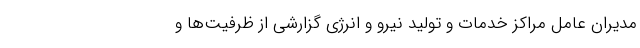
مدیران عامل مراکز خدمات و تولید نیرو و انرژی گزارشی از ظرفیت‌ها و